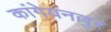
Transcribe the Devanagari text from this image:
कांगेयनल्लुर